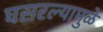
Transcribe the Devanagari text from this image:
घसरल्यामुळे